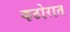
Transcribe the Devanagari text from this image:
कठोरात